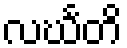
လင်္ဃတိ